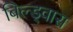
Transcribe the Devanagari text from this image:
बिल्ड्वास